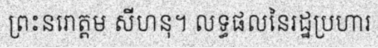
ព្រះនរោត្តម សីហនុ។ លទ្ធផលនៃរដ្ឋប្រហារ